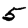
Digit: 5